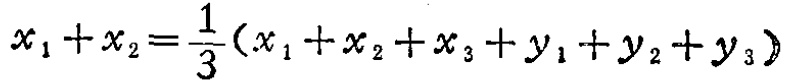
\(x_{1}+x_{2}=\frac{1}{3}(x_{1}+x_{2}+x_{3}+y_{1}+y_{2}+y_{3})\)